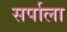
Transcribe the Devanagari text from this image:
सर्पाला